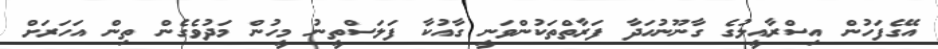
އޭގެފަހުން އިސްރާއީލުގެ ގާނޫނުހަދާ ފަރާތްތަކުންވަނީ ގާއުކާ ފަލަސްތީނު މީހުން މަދުވެގެން ތިން އަހަރަށް